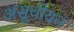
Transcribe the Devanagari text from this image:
असूचीयन